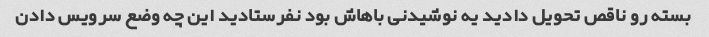
بسته رو ناقص تحویل دادید یه نوشیدنی باهاش بود نفرستادید این چه وضع سرویس دادن